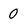
Character: 0